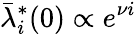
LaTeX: \bar{\lambda}_{i}^{*}(0)\propto e^{\nu i}